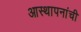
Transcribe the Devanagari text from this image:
आस्थापनांची